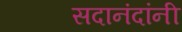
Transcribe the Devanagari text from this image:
सदानंदांनी